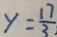
y = \frac { 1 7 } { 3 }